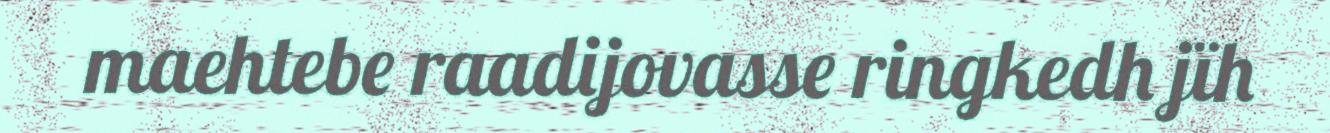
maehtebe raadijovasse ringkedh jïh